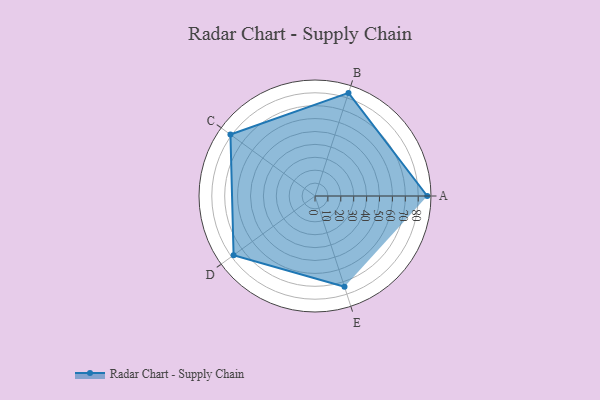
{"axis": {"x": "Skill", "y": "Score"}, "legend": ["Profile"], "data": [{"x": "A", "y": 87.0, "type": "Profile"}, {"x": "B", "y": 84.0, "type": "Profile"}, {"x": "C", "y": 81.0, "type": "Profile"}, {"x": "D", "y": 78.0, "type": "Profile"}, {"x": "E", "y": 74.0, "type": "Profile"}]}